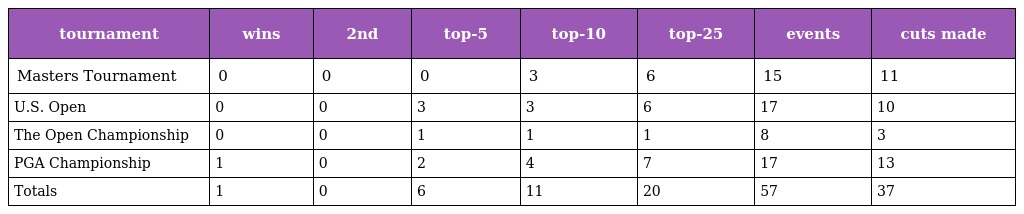
| tournament | wins | 2nd | top-5 | top-10 | top-25 | events | cuts made |
 | --- | --- | --- | --- | --- | --- | --- | --- |
 | Masters Tournament | 0 | 0 | 0 | 3 | 6 | 15 | 11 |
 | U.S. Open | 0 | 0 | 3 | 3 | 6 | 17 | 10 |
 | The Open Championship | 0 | 0 | 1 | 1 | 1 | 8 | 3 |
 | PGA Championship | 1 | 0 | 2 | 4 | 7 | 17 | 13 |
 | Totals | 1 | 0 | 6 | 11 | 20 | 57 | 37 |